Civil Veterinary Department Bihar & Orissa reports 1911-21 - 1911-1921
Year: 1911
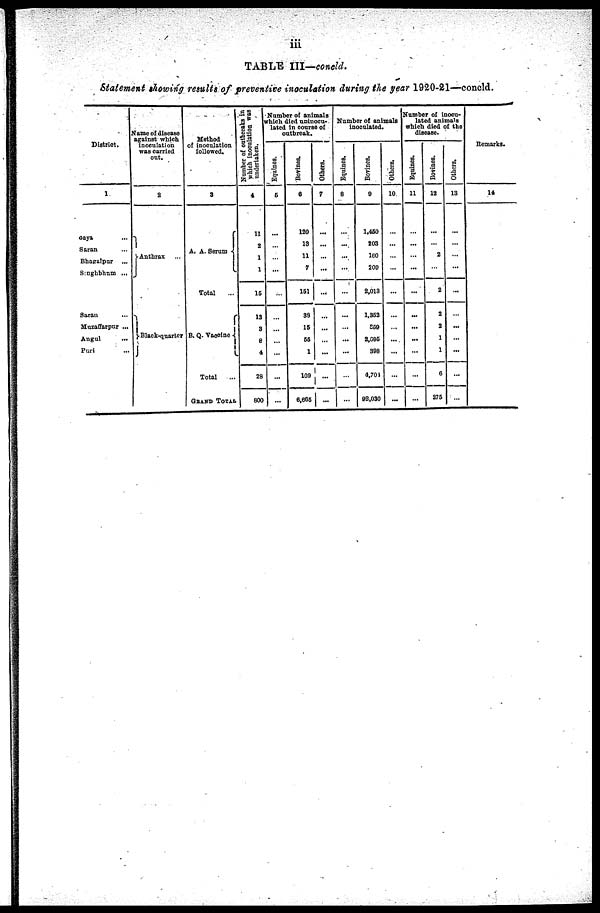
iii
TABLE III—concld.
Statement showing results of preventive inoculation during the year 1920-21—concld.
District.
1
Gaya ...
Saran ...
Bhagalpur ...
Singhbhum ...
Saran ...
Muzaffarpur ...
Angul ...
Puri ...
Name of disease
against which
inoculation
was carried
out.
2
Anthrax ...
Black-quarter
Method
of inoculation
followed.
3
A. A. Serum
Total ...
B. Q. Vaccine
Total ...
GRAND TOTAL
Number of outbreaks in
which inoculation was
undertaken.
4
11
2
1
1
15
13
3
8
4
26
800
Number of animals
which died uninocu-
lated in course of
outbreak.
Equines.
6
...
...
...
...
...
...
...
...
...
...
...
Bovines.
6
120
13
11
7
151
33
15
56
1
109
6,635
Others.
7
...
...
...
...
...
...
...
...
...
...
...
Number of animals
inoculated.
Equines.
8
...
...
...
...
...
...
...
...
...
Bovines.
0
1,450
203
160
200
2,013
1,353
359
2,095
398
4,701
92,030
Others.
10
...
...
...
...
...
...
...
...
...
...
...
Number of inocu-
lated animals
which died of the
disease.
Equines.
11
...
...
...
...
...
...
...
...
...
...
...
Bovines.
12
...
...
2
...
2
2
2
1
1
6
275
Others.
13
...
...
...
...
...
...
...
...
...
Remarks.
14